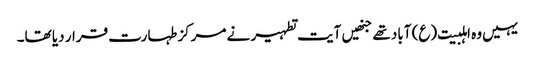
یہیں وہ اہلبیت(ع) آباد تھے جنھیں آیت تطہیر نے مرکز طہارت قرار دیا تھا۔